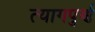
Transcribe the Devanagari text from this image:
त्यागपुर्ण